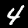
Digit: 4